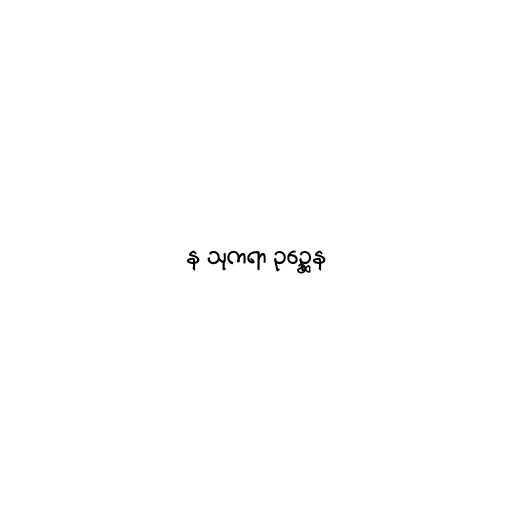
န သုကရာ ဥဉ္ဆေန